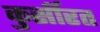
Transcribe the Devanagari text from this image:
कुर्सीरत